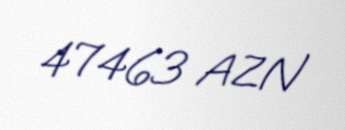
47463 AZN